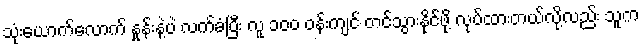
သုံးယောက်လောက် နှုန်းနဲ့ပဲ လက်ခံပြီး လူ ၁၀၀ ဝန်းကျင် တင်သွားနိုင်ဖို့ လုပ်ထားတယ်လို့လည်း သူက